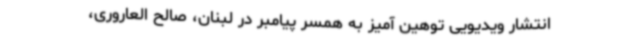
انتشار ویدیویی توهین آمیز به همسر پیامبر در لبنان، صالح العاروری،